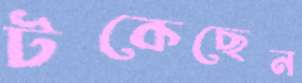
টকেছেন